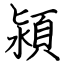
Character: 潁